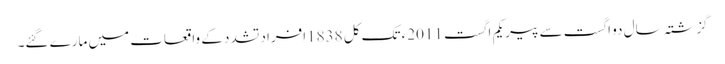
گزشتہ سال دو اگست سے پیر یکم اگست 2011ء تک کل 1838افراد تشدد کے واقعات میں مارے گئے۔